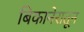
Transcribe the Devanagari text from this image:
बिकानेरातून